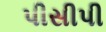
પીસીપી